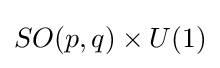
SO(p,q)\times U(1)